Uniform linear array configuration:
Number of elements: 64
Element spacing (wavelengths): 0.5
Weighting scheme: uniform
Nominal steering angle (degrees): -30
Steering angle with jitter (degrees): -30.275
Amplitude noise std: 0.05
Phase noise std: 0.05

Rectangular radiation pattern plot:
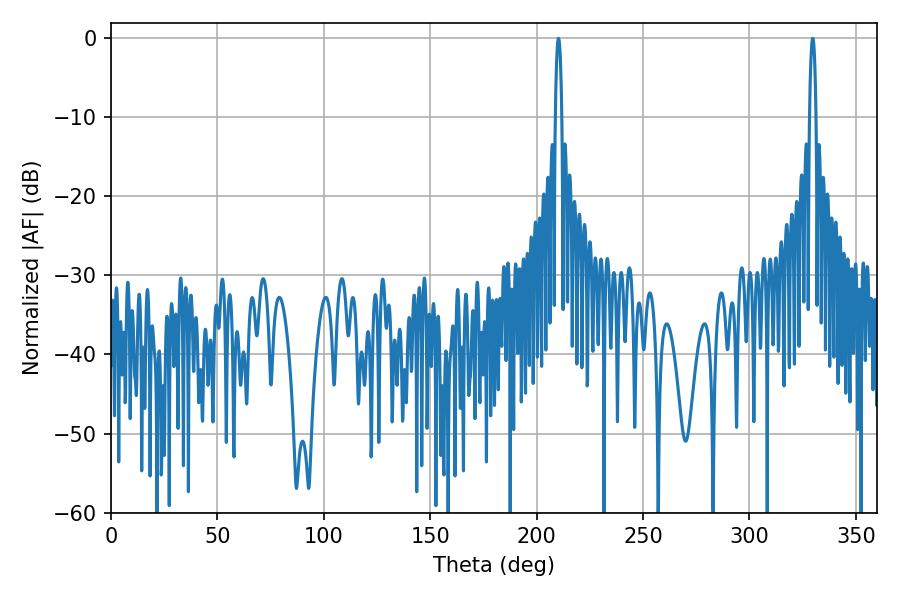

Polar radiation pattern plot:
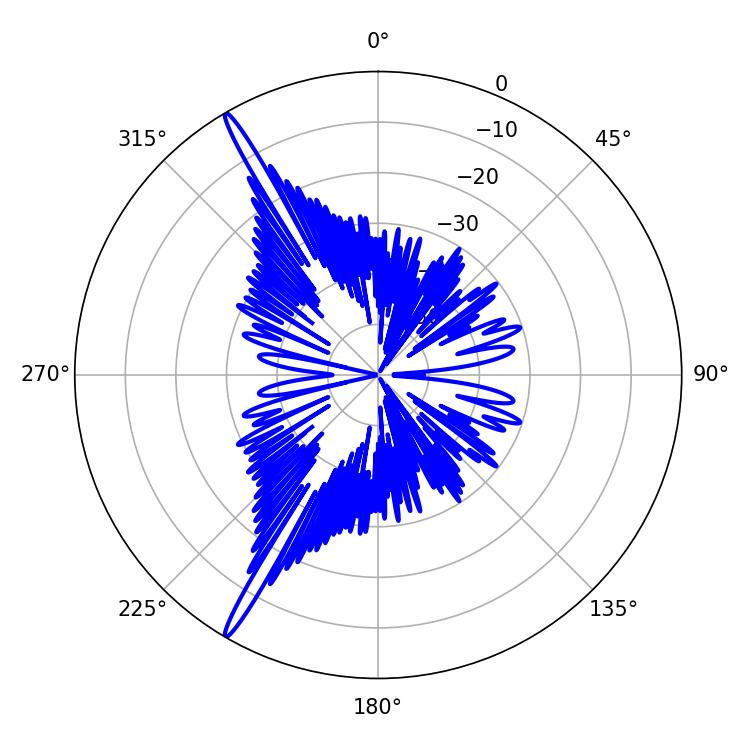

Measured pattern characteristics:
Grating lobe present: FALSE
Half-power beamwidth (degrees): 1.62
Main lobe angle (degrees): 329.76